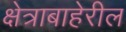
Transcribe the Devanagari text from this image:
क्षेत्राबाहेरील